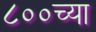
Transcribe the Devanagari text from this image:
८००च्या